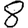
Digit: 8